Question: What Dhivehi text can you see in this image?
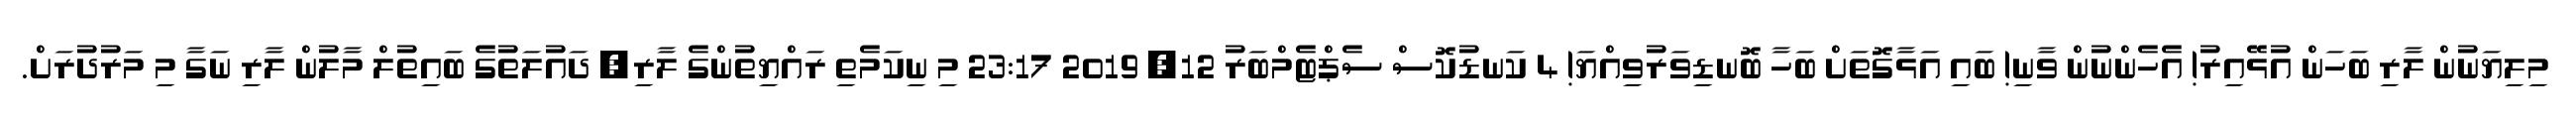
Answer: މިލިޔަނުން ލާރި ބަހަން އުޅޭއިރު! އެހެންނުން ވާނި! ބައި އަޅާގޮތަށް ބަހާ ބޮނޑިވަރުވިއްޔަ! 4 ކަނޑުކޮސް ސެޕްޓެމްބަރު 12, 2019 23:17 މި ނިކަމެތި ރައްޔިތުންގެ ލާރި, ދައުލަތުގެ ބައިތުލް މާލުން ލާރި ނަގާ މި މަރުދުރަށް.